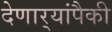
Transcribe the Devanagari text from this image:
देणार्‍यांपैकी